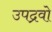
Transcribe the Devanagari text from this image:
उपद्रवो